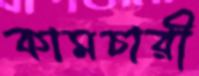
কামচারী